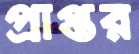
প্রাপ্তর